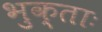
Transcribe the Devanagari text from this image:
भुक्ताः